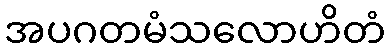
အပဂတမံသလောဟိတံ